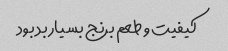
کیفیت و طعم برنج بسیار بد بود